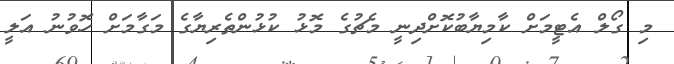
މި ގޯލް އެޓީމަށް ކާމިޔާބުކޮށްދިނީ މެޗުގެ މޮޅު ކުޅުންތެރިޔާގެ މަގާމަށް ހޮވުނު އަލީ